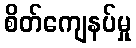
စိတ်ကျေနပ်မှု